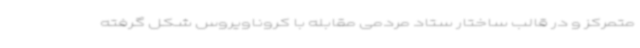
متمرکز و در قالب ساختار ستاد مردمی مقابله با کروناویروس شکل گرفته